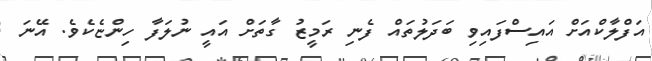
އަފްލާކްއަށް އައިސްފައިިވި ބަދަލުތައް ފެނި ރަމީޒު ގާތަށް އައީ ނުލަފާ ހިންޏެކެވެ. އޭނަ